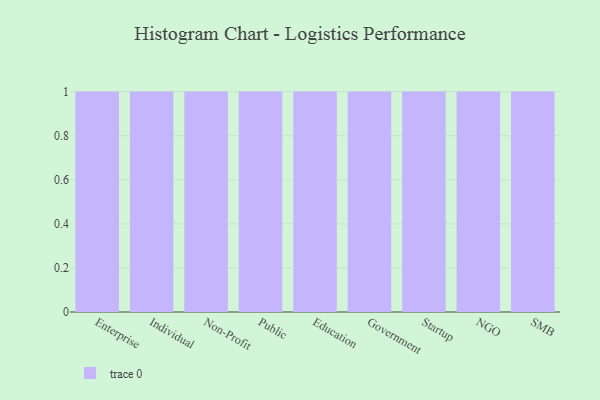
{"axis": {"x": "Segment", "y": "Net Income (USD K)"}, "legend": [""], "data": [{"x": "Enterprise", "y": 3, "type": ""}, {"x": "Individual", "y": 76, "type": ""}, {"x": "Non-Profit", "y": 42, "type": ""}, {"x": "Public", "y": 21, "type": ""}, {"x": "Education", "y": 94, "type": ""}, {"x": "Government", "y": 84, "type": ""}, {"x": "Startup", "y": 23, "type": ""}, {"x": "NGO", "y": 89, "type": ""}, {"x": "SMB", "y": 28, "type": ""}]}